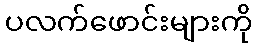
ပလက်ဖောင်းများကို